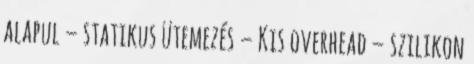
alapul – statikus ütemezés – Kis overhead – szilikon